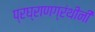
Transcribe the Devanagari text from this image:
प्रघ्राणग्रंथीनी